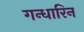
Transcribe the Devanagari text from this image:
गन्धारिन